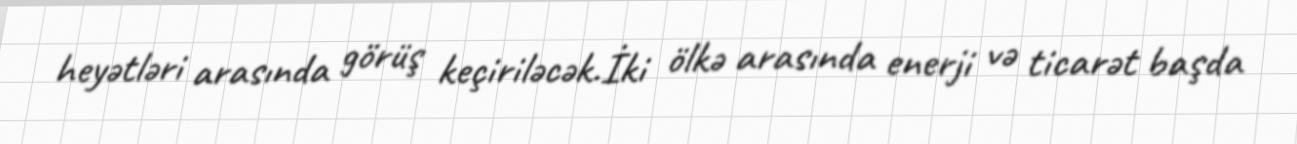
heyətləri arasında görüş keçiriləcək.İki ölkə arasında enerji və ticarət başda